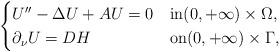
LaTeX: \begin{align*}\begin{cases}U''-{\Delta} U+AU=0 & \hbox{in} (0,+\infty) \times \Omega,\\\partial_\nu U = DH & \hbox{on} (0,+\infty) \times \Gamma, \end{cases}\end{align*}